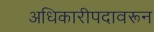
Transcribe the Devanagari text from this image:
अधिकारीपदावरून